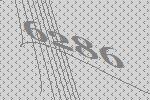
6286